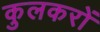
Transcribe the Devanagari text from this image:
कुलकरों